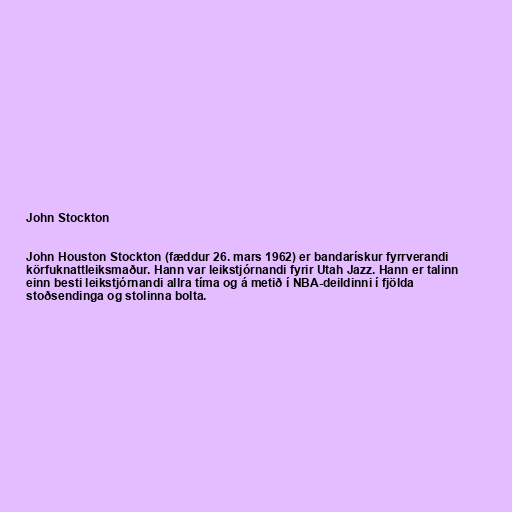
John Stockton

John Houston Stockton (fæddur 26. mars 1962) er bandarískur fyrrverandi
körfuknattleiksmaður. Hann var leikstjórnandi fyrir Utah Jazz. Hann er talinn
einn besti leikstjórnandi allra tíma og á metið í NBA-deildinni í fjölda
stoðsendinga og stolinna bolta.